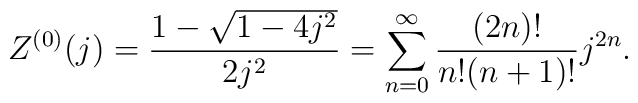
Z^{(0)}(j)=\frac{1-\sqrt{1-4j^2}}{2j^2}=\sum_{n=0}^{\infty}\frac{(2n)!}{n!(n+1)!}j^{2n}.